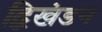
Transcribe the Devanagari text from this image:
द्विखंडन